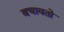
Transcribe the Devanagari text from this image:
बचावतो